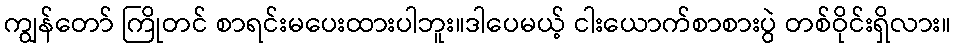
ကျွန်တော် ကြိုတင် စာရင်းမပေးထားပါဘူး။ဒါပေမယ့် ငါးယောက်စာစားပွဲ တစ်ဝိုင်းရှိလား။